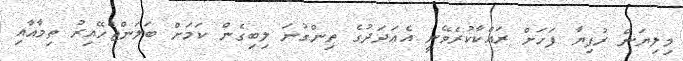
މިލިޔަން ރުފިޔާ ފަހަށް ރައްކާކުރެވޭނީ އެޢަދަދުގެ ތިންގުނަ ލިބިގެން ކަމަށް ބަލަންޖެހޭއިރު ތިމާއާއި